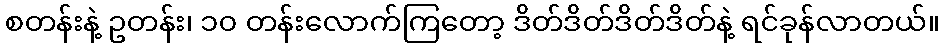
စတန်းနဲ့ ဥတန်း၊ ၁၀ တန်းလောက်ကြတော့ ဒိတ်ဒိတ်ဒိတ်ဒိတ်နဲ့ ရင်ခုန်လာတယ်။